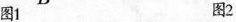
图1 图2